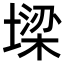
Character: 墚